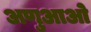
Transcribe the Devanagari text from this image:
अणुआओ